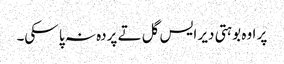
‏ پر اوہ بوہتی دیر ایس گل تے پردہ نہ پا سکی۔